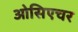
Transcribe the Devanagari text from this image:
ओसिएचर